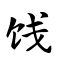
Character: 饯